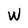
Character: W